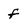
Character: f